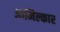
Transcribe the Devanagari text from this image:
आमिल्कार